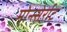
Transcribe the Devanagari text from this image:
मोन्त्सेर्राट